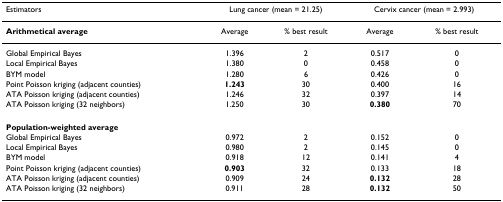
| Estimators | <COLSPAN=2> Lung cancer (mean = 21.25) | <COLSPAN=2> Cervix cancer (mean = 2.993) |
 | --- | --- | --- | --- | --- |
 | Arithmetical average | Average | % best result | Average | % best result |
 | Global Empirical Bayes | 1.396 | 2 | 0.517 | 0 |
 | Local Empirical Bayes | 1.380 | 0 | 0.458 | 0 |
 | BYM model | 1.280 | 6 | 0.426 | 0 |
 | Point Poisson kriging (adjacent counties) | 1.243 | 30 | 0.400 | 16 |
 | ATA Poisson kriging (adjacent counties) | 1.246 | 32 | 0.397 | 14 |
 | ATA Poisson kriging (32 neighbors) | 1.250 | 30 | 0.380 | 70 |
 | Population-weighted average |  |  |  |  |
 | Global Empirical Bayes | 0.972 | 2 | 0.152 | 0 |
 | Local Empirical Bayes | 0.980 | 2 | 0.145 | 0 |
 | BYM model | 0.918 | 12 | 0.141 | 4 |
 | Point Poisson kriging (adjacent counties) | 0.903 | 32 | 0.133 | 18 |
 | ATA Poisson kriging (adjacent counties) | 0.909 | 24 | 0.132 | 28 |
 | ATA Poisson kriging (32 neighbors) | 0.911 | 28 | 0.132 | 50 |